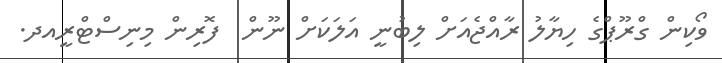
ވޯކިން ގްރޫޕްގެ ހިޔާލު ރާއްޖެއަށް ލިބުނީ އަލަކަށް ނޫން  ފޮރިން މިނިސްޓްރީއދ.